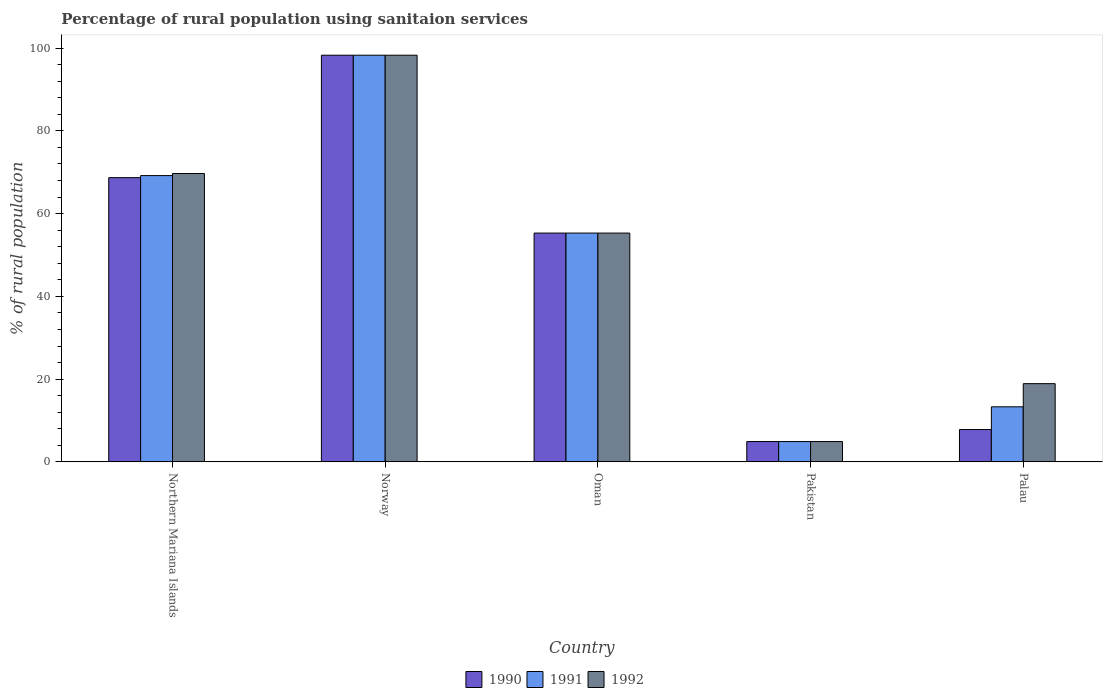
| Country | 1990 | 1991 | 1992 |
 | --- | --- | --- | --- |
 | Northern Mariana Islands | 68.7 | 69.2 | 69.7 |
 | Norway | 98.3 | 98.3 | 98.3 |
 | Oman | 55.3 | 55.3 | 55.3 |
 | Pakistan | 4.9 | 4.9 | 4.9 |
 | Palau | 7.8 | 13.3 | 18.9 |